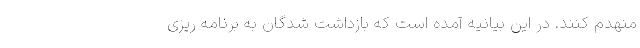
منهدم کنند. در این بیانیه آمده است که بازداشت شدگان به برنامه ریزی